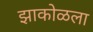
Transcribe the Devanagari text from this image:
झाकोळला